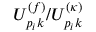
U _ { p _ { i } k } ^ { ( f ) } / { U } _ { p _ { i } k } ^ { ( \kappa ) }